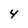
Character: 4